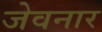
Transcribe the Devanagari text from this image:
जेवनार